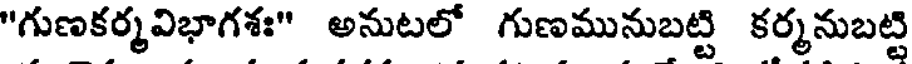
"గుణకర్మవిభాగశః" అనుటలో గుణమునుబట్టి కర్మనుబట్టి